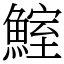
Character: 鰘